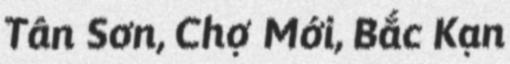
Tân Sơn, Chợ Mới, Bắc Kạn